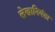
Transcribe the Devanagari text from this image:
लेखानियंता